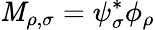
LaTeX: \mathit{M}_{\rho,\sigma}=\psi_{\sigma}^{*}\phi_{\rho}